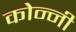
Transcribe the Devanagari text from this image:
कोन्नी